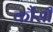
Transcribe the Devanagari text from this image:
कौंसी